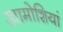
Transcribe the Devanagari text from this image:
खामोशियां